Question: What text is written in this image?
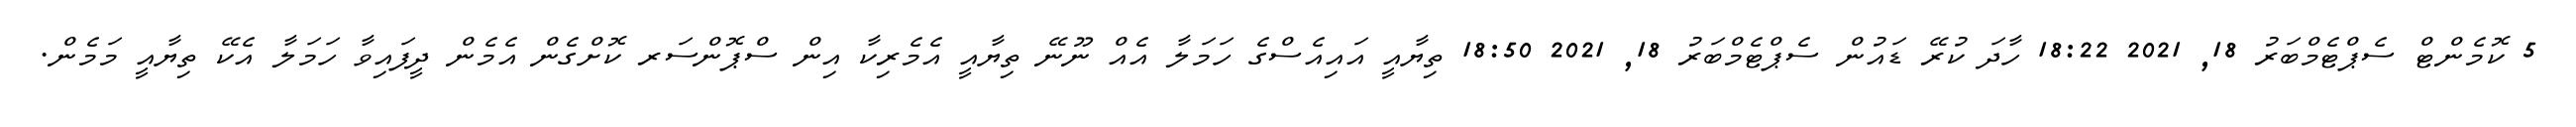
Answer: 5 ކޮމެންޓް ސެޕްޓެމްބަރު 18, 2021 18:22 ހާދަ ކުރޭ ޑައުން ސެޕްޓެމްބަރު 18, 2021 18:50 ތިޔާއީ އައިއެސްގެ ހަމަލާ އެއް ނޫނޭ ތިޔާއީ އެމެރިކާ އިން ސްޕޮންސަރ ކޮށްގެން އެމެން ދީފައިވާ ހަމަލާ އެކޭ ތިޔާއީ މަމެން.